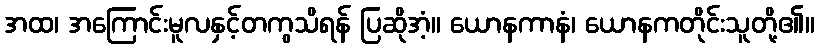
အထ၊ အကြောင်းမူလနှင့်တကွသိရန် ပြဆိုအံ့။ ယောနကာနံ၊ ယောနကတိုင်းသူတို့၏။